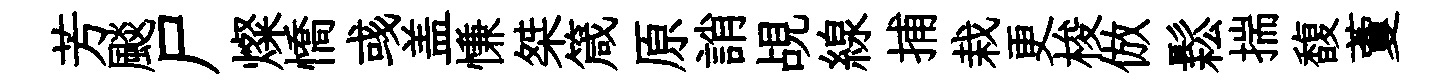
芳颷尸燦憍彧盖慊桀箴原誚覘線捕栽更梭倣鬆揣馥藑